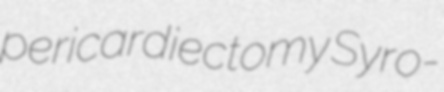
pericardiectomy Syro-